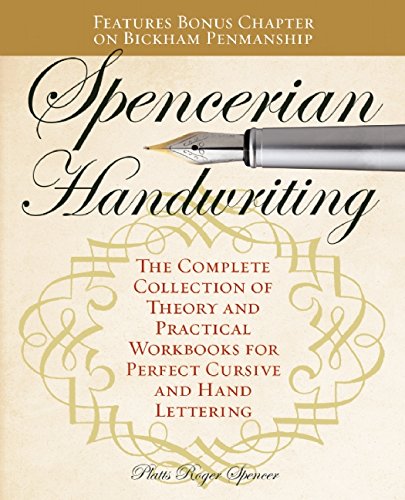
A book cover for Spencerian Handwriting: The Complete Collection of Theory and Practical Workbooks for Perfect Cursive and Hand Lettering; Platts Roger Spencer; Reference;